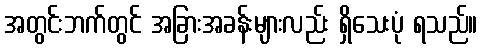
အတွင်းဘက်တွင် အခြားအခန်းများလည်း ရှိသေးပုံ ရသည်။